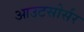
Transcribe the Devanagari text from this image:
आउटसोर्सर